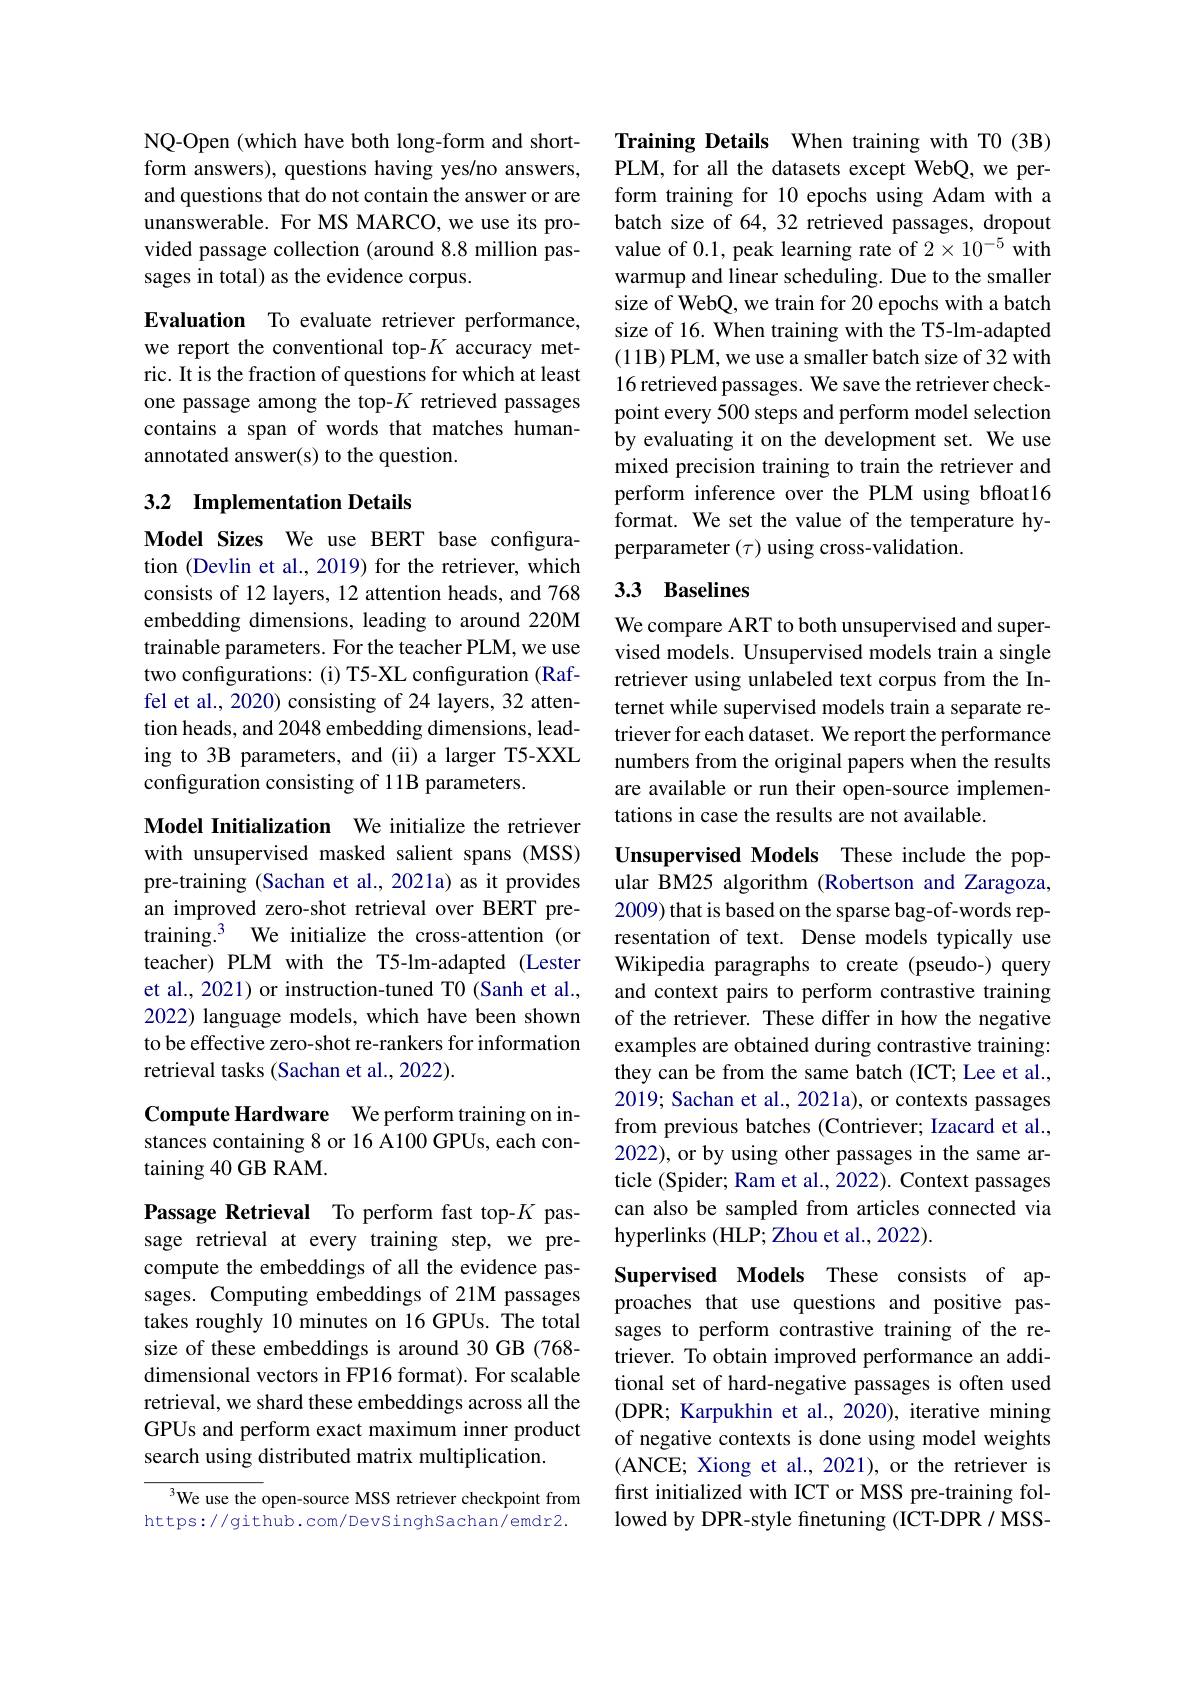
NQ-Open (which have both long-form and shortform answers), questions having yes/no answers, and questions that do not contain the answer or are unanswerable. For MS MARCO, we use its provided passage collection (around 8.8 million passages in total) as the evidence corpus.

Evaluation To evaluate retriever performance, we report the conventional top-$K$ accuracy metric. It is the fraction of questions for which at least one passage among the top-$K$ retrieved passages contains a span of words that matches humanannotated answer(s) to the question.

### 3.2 $\textbf{Implementation Details}$

Model Sizes We use BERT base configuration (Devlin et al., 2019) for the retriever, which consists of 12 layers, 12 attention heads, and 768 embedding dimensions, leading to around 220M trainable parameters. For the teacher PLM, we use two configurations: (i) T5-XL configuration (Raffel et al., 2020) consisting of 24 layers, 32 attention heads, and 2048 embedding dimensions, leading to 3B parameters, and (ii) a larger T5-XXL configuration consisting of 11B parameters.

Model Initialization We initialize the retriever with unsupervised masked salient spans (MSS) pre-training (Sachan et al., 2021a) as it provides an improved zero-shot retrieval over BERT pretraining.$^{3}$ We initialize the cross-attention (or teacher) PLM with the T5-lm-adapted (Lester et al., 2021) or instruction-tuned T0 (Sanh et al., 2022) language models, which have been shown to be effective zero-shot re-rankers for information retrieval tasks (Sachan et al., 2022).

Compute Hardware We perform training on instances containing 8 or 16 A100 GPUs, each containing 40 GB RAM.

Passage Retrieval To perform fast top-$K$ passage retrieval at every training step, we precompute the embeddings of all the evidence passages. Computing embeddings of 21M passages takes roughly 10 minutes on 16 GPUs. The total size of these embeddings is around 30 GB (768- dimensional vectors in FP16 format). For scalable retrieval, we shard these embeddings across all the GPUs and perform exact maximum inner product search using distributed matrix multiplication.

$^{3}$We use the open-source MSS retriever checkpoint from https://github.com/DevSinghSachan/emdr2.

Training Details When training with T0 (3B) PLM, for all the datasets except WebQ, we perform training for 10 epochs using Adam with a batch size of 64, 32 retrieved passages, dropout value of 0.1, peak learning rate of $2\times10^{-5}$ with warmup and linear scheduling. Due to the smaller size of WebQ, we train for 20 epochs with a batch size of 16. When training with the T5-lm-adapted $(11\mathbf{B})$ PLM, we use a smaller batch size of 32 with 16 retrieved passages. We save the retriever checkpoint every 500 steps and perform model selection by evaluating it on the development set. We use mixed precision training to train the retriever and perform inference over the PLM using bfloat16 format. We set the value of the temperature hyperparameter $(\tau)$ using cross-validation.

## 3.3 Baselines

We compare ART to both unsupervised and supervised models. Unsupervised models train a single retriever using unlabeled text corpus from the Internet while supervised models train a separate retriever for each dataset. We report the performance numbers from the original papers when the results are available or run their open-source implementations in case the results are not available.

Unsupervised Models These include the popular BM25 algorithm (Robertson and Zaragoza, 2009) that is based on the sparse bag-of-words representation of text. Dense models typically use Wikipedia paragraphs to create (pseudo-) query and context pairs to perform contrastive training of the retriever. These differ in how the negative examples are obtained during contrastive training: they can be from the same batch (ICT; Lee et al., 2019; Sachan et al., 2021a), or contexts passages from previous batches (Contriever; Izacard et al., 2022), or by using other passages in the same article (Spider; Ram et al., 2022). Context passages can also be sampled from articles connected via hyperlinks (HLP; Zhou et al., 2022).

Supervised Models These consists of approaches that use questions and positive passages to perform contrastive training of the retriever. To obtain improved performance an additional set of hard-negative passages is often used (DPR; Karpukhin et al., 2020), iterative mining of negative contexts is done using model weights (ANCE; Xiong et al., 2021), or the retriever is first initialized with ICT or MSS pre-training followed by DPR-style finetuning (ICT-DPR/MSS-